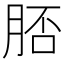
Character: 脴